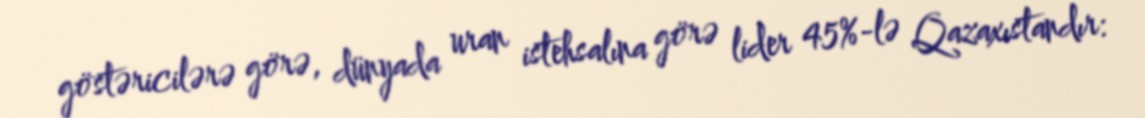
göstəricilərə görə, dünyada uran istehsalına görə lider 45%-lə Qazaxıstandır: